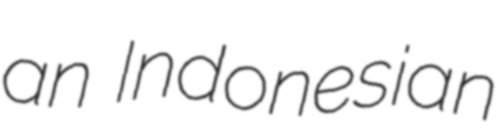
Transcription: an Indonesian